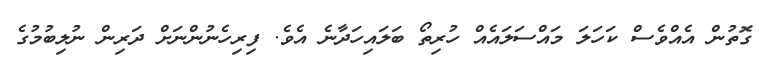
ގޮތުން އެއްވެސް ކަހަލަ މައްސަލައެއް ހުރިތޯ ބަލައިހަދާނެ އެވެ. ފިރިހެނުންނަށް ދަރިން ނުލިބުމުގެ